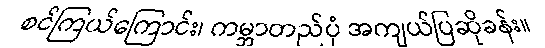
စင်ကြယ်ကြောင်း၊ ကမ္ဘာတည်ပုံ အကျယ်ပြဆိုခန်း။